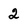
Character: 2